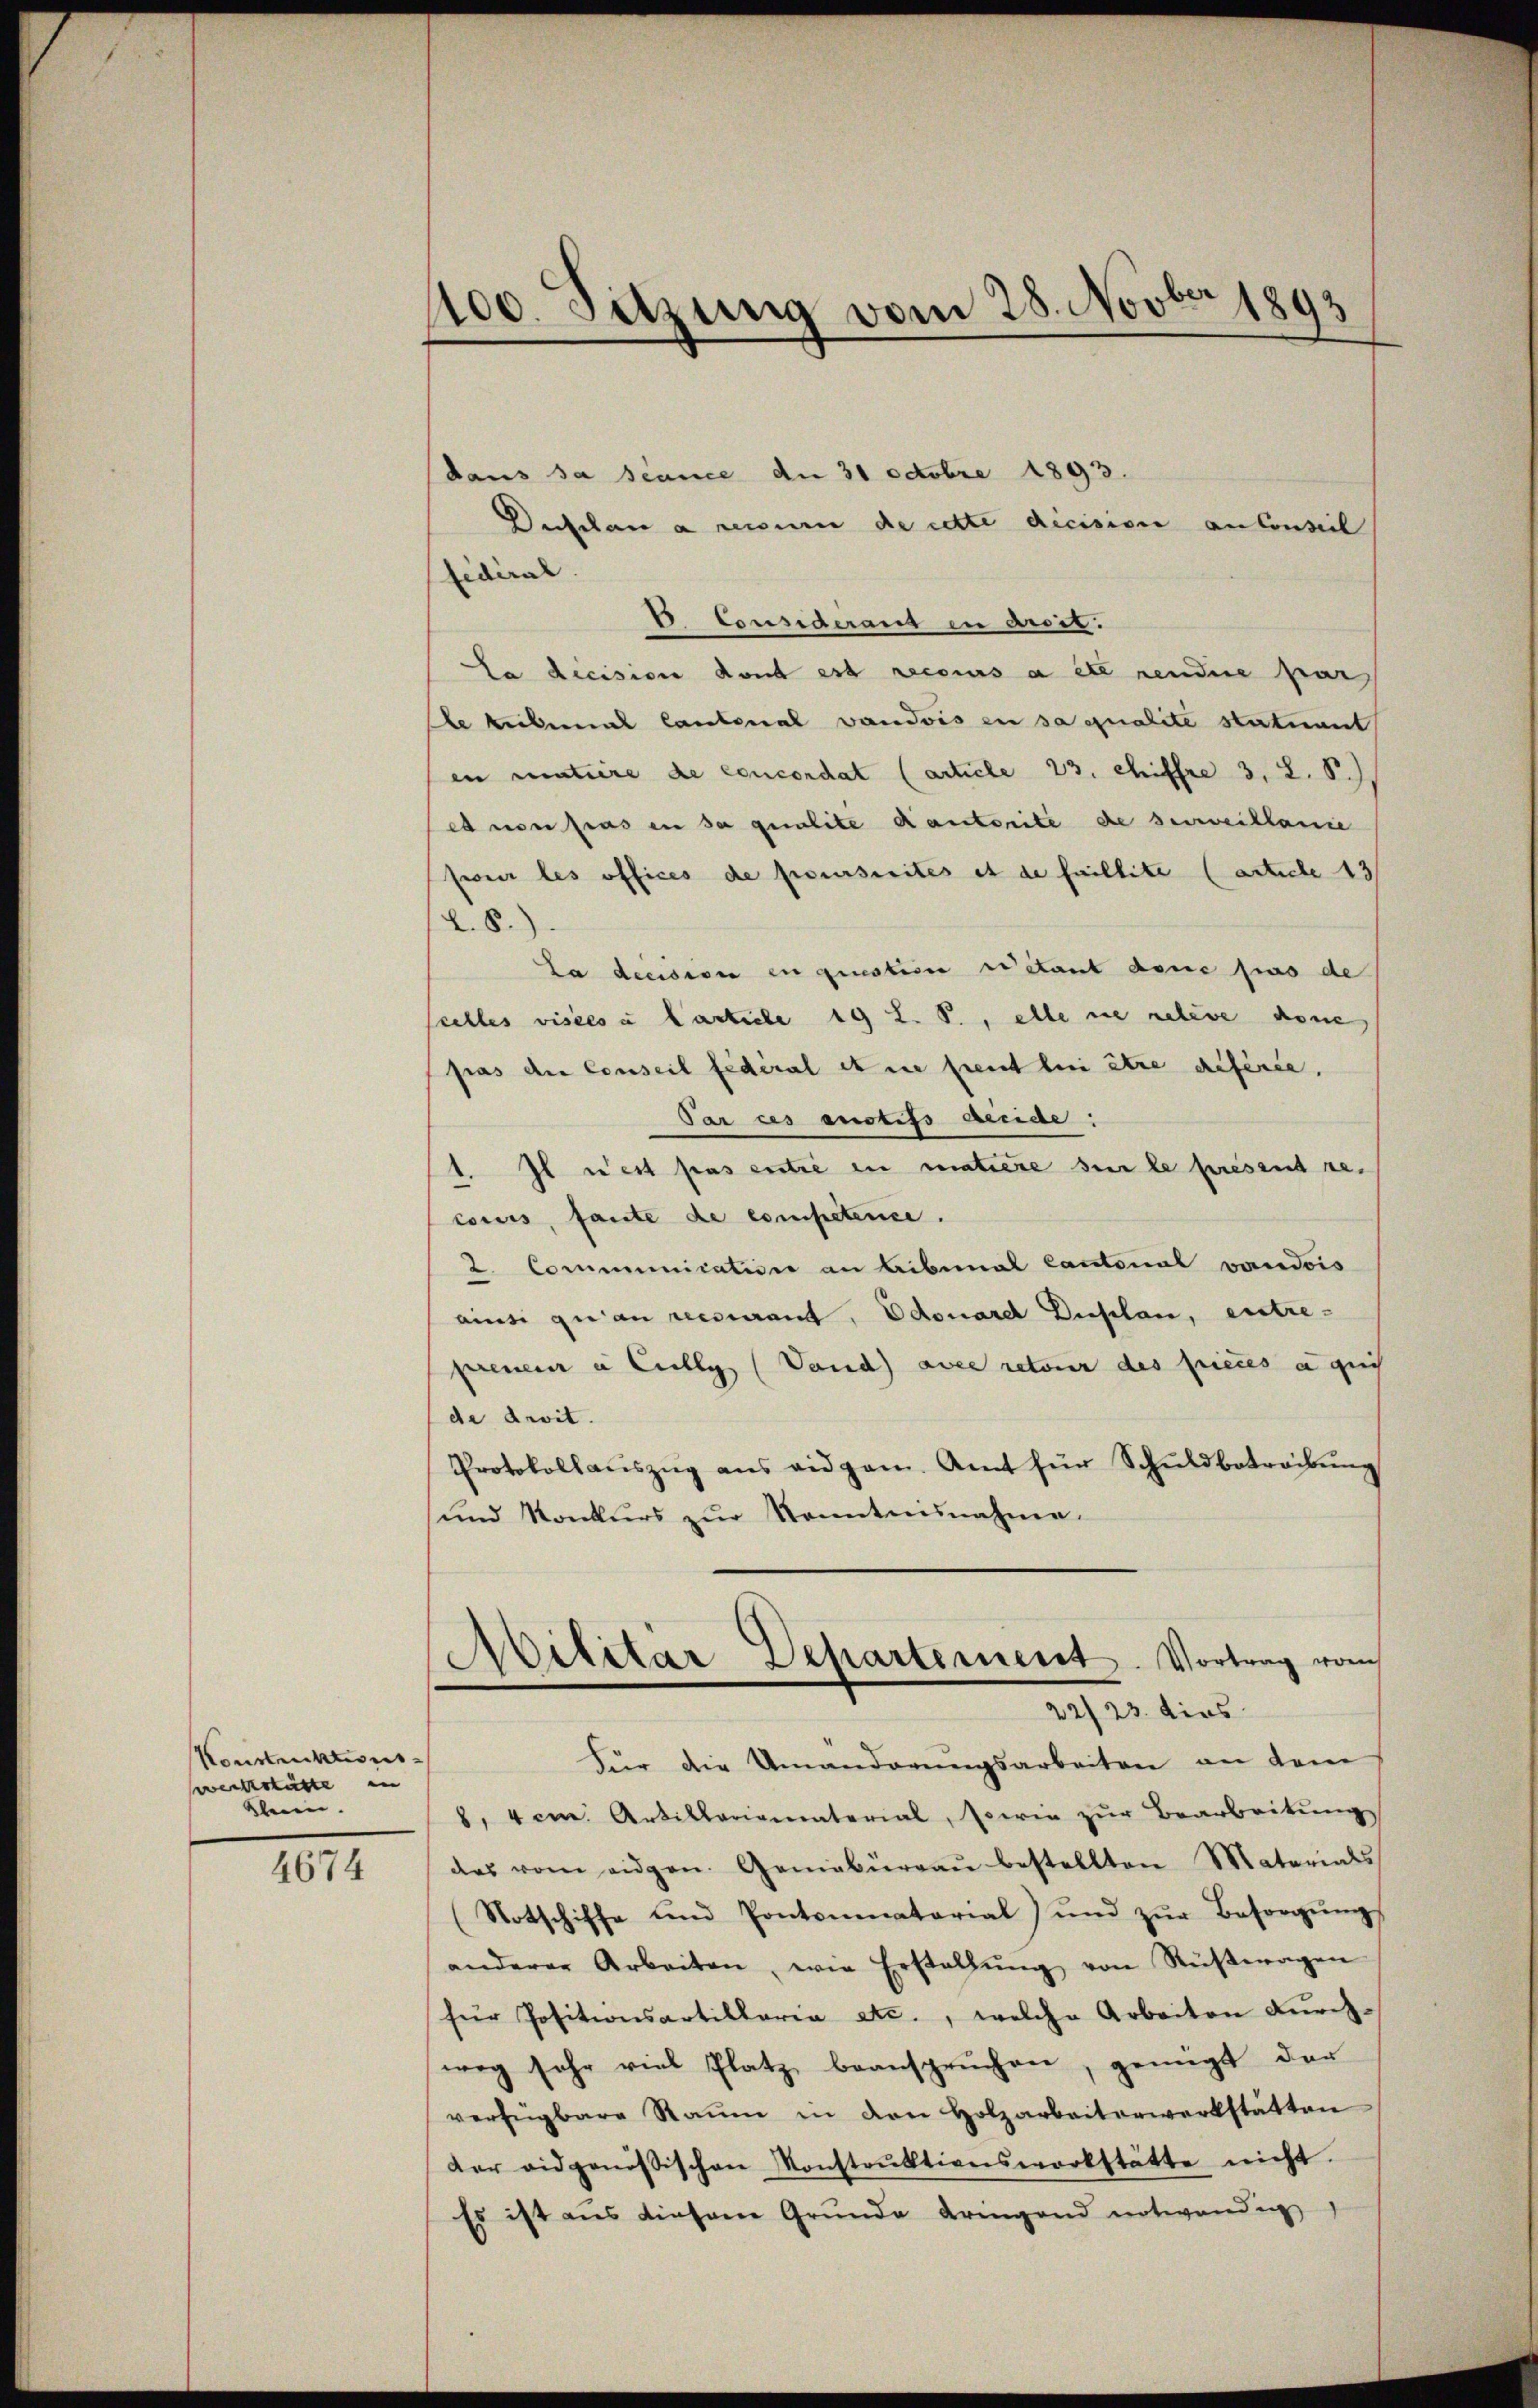
Konstruktions
eckstätte in
klein.

4674

1100. Sitzung vom 28. Novber 1893

daus sa scance de 31 Octobre 1893.
Deslau a rerum de cette dicision an Conseil
fidéral
 Consideraus in droit.
La decision dont est recours à etc sendere par
se niemal Cantonal vaudois in sa qualite statuant
en matière de concordat (article 23. Chiffre 3, L. S.
ed von pas an sa qualite dautorité de surveillanie
serer les offices de poursuites et de faillite (article 13
L.S.)
La decision en questesse sistant done ses de
celles visées à Carticle 19 L. S., alle nie releve done
pras die Conseil fédéral et ne freut lui être déférée,
Tar ces austifs Beeide:
1. Il n’est pas entre in matière sur le present re-
cours, fante de competenice.
2. Communication an Libunal Cantonal vaudois
ainsi quan recourant, Odouard Duplan, entre-
preneur à Cully (Vand) avec retour des pieces a glich
de droit.
Protokollaŭszŭg ans eidgen. Amt für Schŭldbetreibŭng
und Konkurs zŭr Kenntnisnahme.
Militär Departement. Vortrag vom
22/23. dies
Für die Umänderŭngsarbeiten an dem
8. 4 cm. Artillariomaterial, sowie zŭr Bearbeitŭng
das vom eidgen. Geniebüreaŭ bestellten Materials
(Notschiffe und Pontominatorial) ŭnd zŭr Besorgŭng
anderer Arbeiten, wie Erstellŭng von Rüstwagen
für Positionsartillaria etc., welche Arbeiten Furchweg sehr viel Platz beanspruchen, genügt der
verfügbare Raŭm in den Holzarbeiterwerkstätten
der eidgenössischen Konstrŭktionswerkstätte nicht.
Es ist aus diesene Gründe dringend notwendig